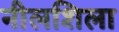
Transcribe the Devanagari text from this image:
नीलशिला